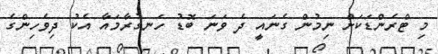
މި ޓްރެންޑަކަށް ނިމުން ގެނައީ ދެ ވަނަ ބޮޑު ހަނގުރާމައާ އެކު ދިވެހިންގެ